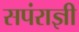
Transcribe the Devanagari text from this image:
सपंराज्ञी